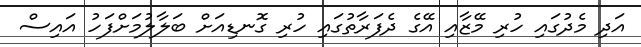
އަދި މެދުގައި ހުރި މޭޒާއި އޭގެ ދެފަރާތުގައި ހުރި ގޮނޑިއަށް ބަލާލުމަށްފަހު އައިސް